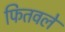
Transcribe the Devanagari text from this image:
फितवले